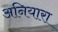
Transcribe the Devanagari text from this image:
अनियारा